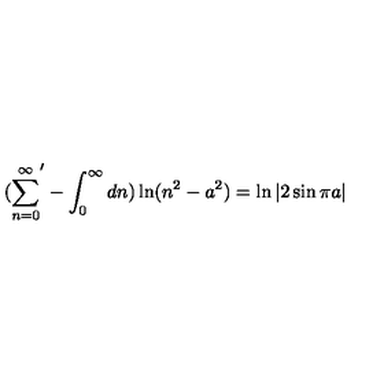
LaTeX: ( { \sum _ { n = 0 } ^ { \infty } } ^ { \prime } - \int _ { 0 } ^ { \infty } d n ) \ln ( n ^ { 2 } - a ^ { 2 } ) = \ln | 2 \sin \pi a |